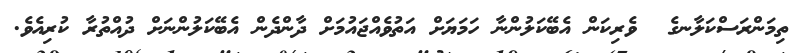
ތިމަންރަސްކަލާނގެ  ވެރިކަން އެބޭކަލުންނާ ހަމަޔަށް އަތުވެއްޖައުމަށް ދާންދެން އެބޭކަލުންނަށް ދުއްތުރާ ކުރިއެވެ.